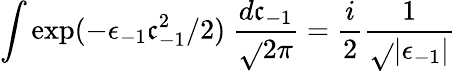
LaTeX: \int\exp(-\epsilon_{-1}\mathfrak{c}_{-1}^{2}/2)\ {\frac{{d\mathfrak{c}_{-1}}}{{\sqrt{}{{2\pi}}}}}={\frac{{i}}{{2}}}{\frac{{1}}{{\sqrt{}{{\vert\epsilon_{-1}\vert}}}}}